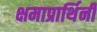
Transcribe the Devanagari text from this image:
क्षमाप्रार्थिनी